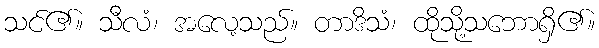
သင်၏။ သီလံ၊ အလေ့သည်။ တာဒိသံ၊ ထိုသို့သဘောရှိ၏။